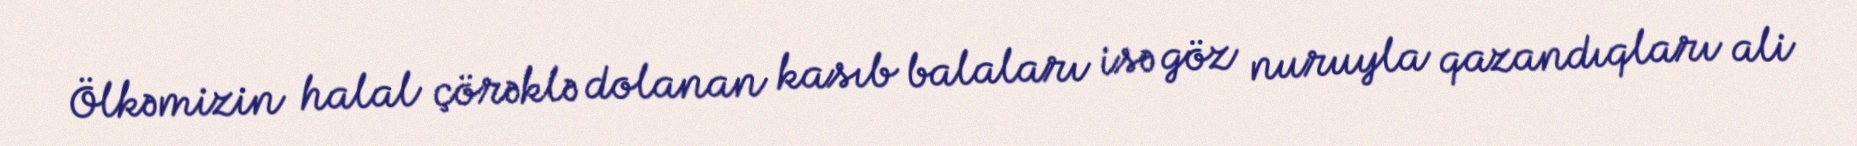
Ölkəmizin halal çörəklə dolanan kasıb balaları isə göz nuruyla qazandıqları ali